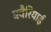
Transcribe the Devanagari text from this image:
बवैरियाई